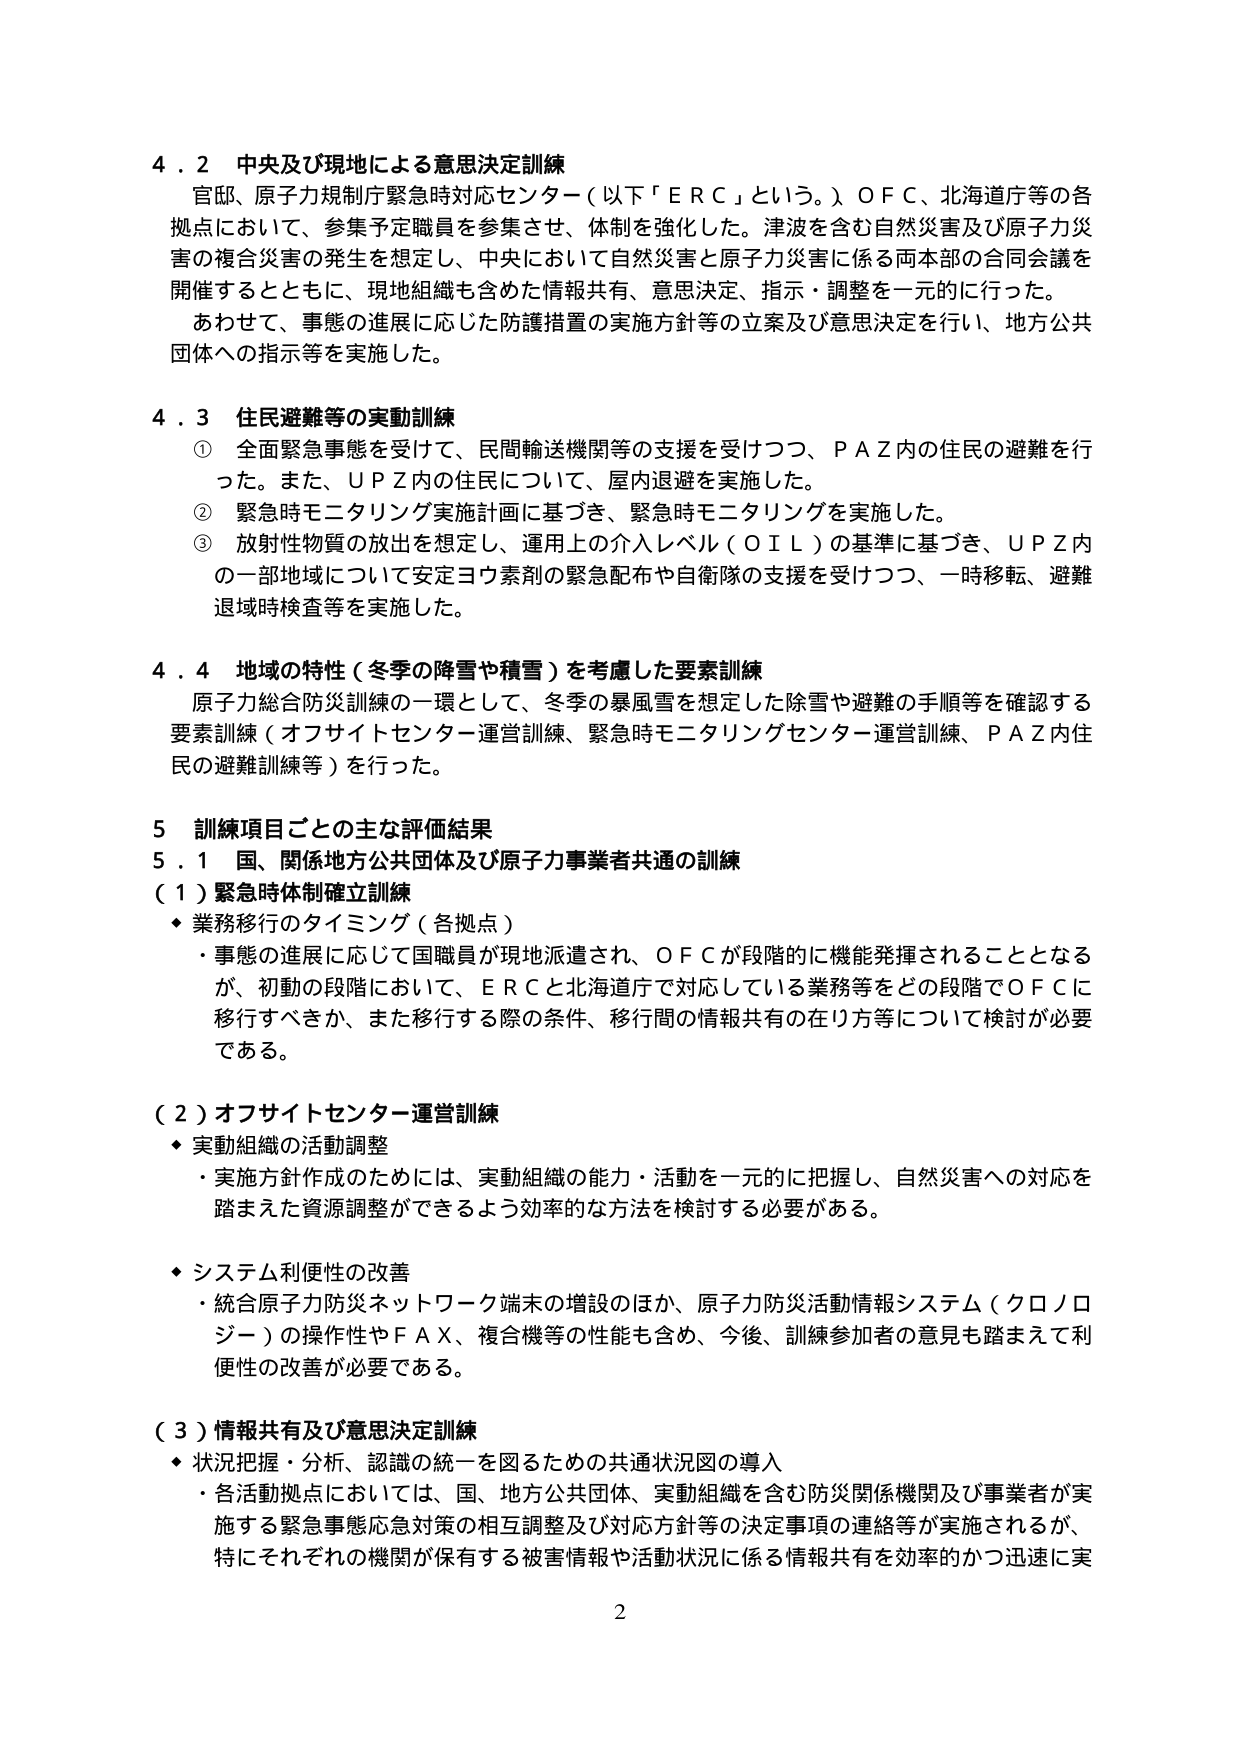
4.2 中央及び現地による意思決定訓練
官邸、原子力規制庁緊急時対応センター（以下「ＥＲＣ」という。）ＯＦＣ、北海道庁等の各拠点において、参集予定職員を参集させ、体制を強化した。津波を含む自然災害及び原子力災害の複合災害の発生を想定し、中央において自然災害と原子力災害に係る両本部の合同会議を開催するとともに、現地組織も含めた情報共有、意思決定、指示・調整を一元的に行った。
あわせて、事態の進展に応じた防護措置の実施方針等の立案及び意思決定を行い、地方公共団体への指示等を実施した。

4.3 住民避難等の実動訓練
① 全面緊急事態を受けて、民間輸送機関等の支援を受けつつ、ＰＡＺ内の住民の避難を行った。また、ＵＰＺ内の住民について、屋内退避を実施した。
② 緊急時モニタリング実施計画に基づき、緊急時モニタリングを実施した。
③ 放射性物質の放出を想定し、運用上の介入レベル（ＯＩＬ）の基準に基づき、ＵＰＺ内の一部地域について安定ヨウ素剤の緊急配布や自衛隊の支援を受けつつ、一時移転、避難退域時検査等を実施した。

4.4 地域の特性（冬季の降雪や積雪）を考慮した要素訓練
原子力総合防災訓練の一環として、冬季の暴風雪を想定した除雪や避難の手順等を確認する要素訓練（オフサイトセンター運営訓練、緊急時モニタリングセンター運営訓練、ＰＡＺ内住民の避難訓練等）を行った。

5 訓練項目ごとの主な評価結果
5.1 国、関係地方公共団体及び原子力事業者共通の訓練
（1）緊急時体制確立訓練
・業務移行のタイミング（各拠点）
　・事態の進展に応じて国職員が現地派遣され、ＯＦＣが段階的に機能発揮されることとなるが、初動の段階において、ＥＲＣと北海道庁で対応している業務等をどの段階でＯＦＣに移行すべきか、また移行する際の条件、移行間の情報共有の在り方等について検討が必要である。

（2）オフサイトセンター運営訓練
・実動組織の活動調整
　・実施方針作成のためには、実動組織の能力・活動を一元的に把握し、自然災害への対応を踏まえた資源調整ができるよう効率的な方法を検討する必要がある。
・システム利便性の改善
　・統合原子力防災ネットワーク端末の増設のほか、原子力防災活動情報システム（クロノロジー）の操作性やＦＡＸ、複合機等の性能も含め、今後、訓練参加者の意見も踏まえて利便性の改善が必要である。

（3）情報共有及び意思決定訓練
・状況把握・分析、認識の統一を図るための共通状況図の導入
　・各活動拠点においては、国、地方公共団体、実動組織を含む防災関係機関及び事業者が実施する緊急事態応急対策の相互調整及び対応方針等の決定事項の連絡等が実施されるが、特にそれぞれの機関が保有する被害情報や活動状況に係る情報共有を効率的かつ迅速に実

2